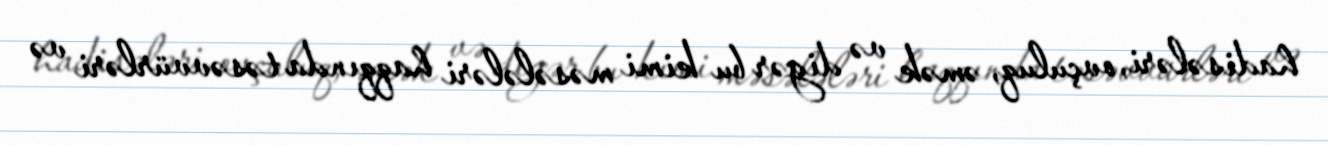
hadisələri, ovçuluq, əmək və digər bu kimi məsələləri haqqında təsəvvürləri və